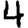
Digit: 4